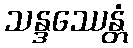
သန္ဒဿေန္တံ